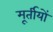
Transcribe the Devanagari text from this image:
मूर्तीयों